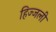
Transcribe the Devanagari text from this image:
हिज्जली